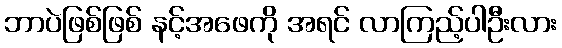
ဘာပဲဖြစ်ဖြစ် နင့်အဖေကို အရင် လာကြည့်ပါဦးလား